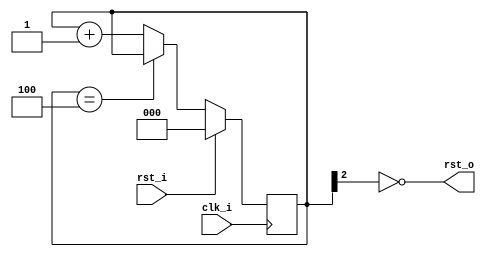
module rst_gen (
	input 			clk_i,
	input 			rst_i,
	output			rst_o
);

/* try to generate a reset */
reg [2:0]	rst_cpt;

initial
    rst_cpt <= 3'b000;

always @(posedge clk_i) begin
	if (rst_i)
		rst_cpt = 3'b0;
	else begin
		if (rst_cpt == 3'b100)
			rst_cpt = rst_cpt;
		else
			rst_cpt = rst_cpt + 3'b1;
	end
end

assign rst_o = !rst_cpt[2];

endmodule